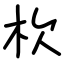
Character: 杴